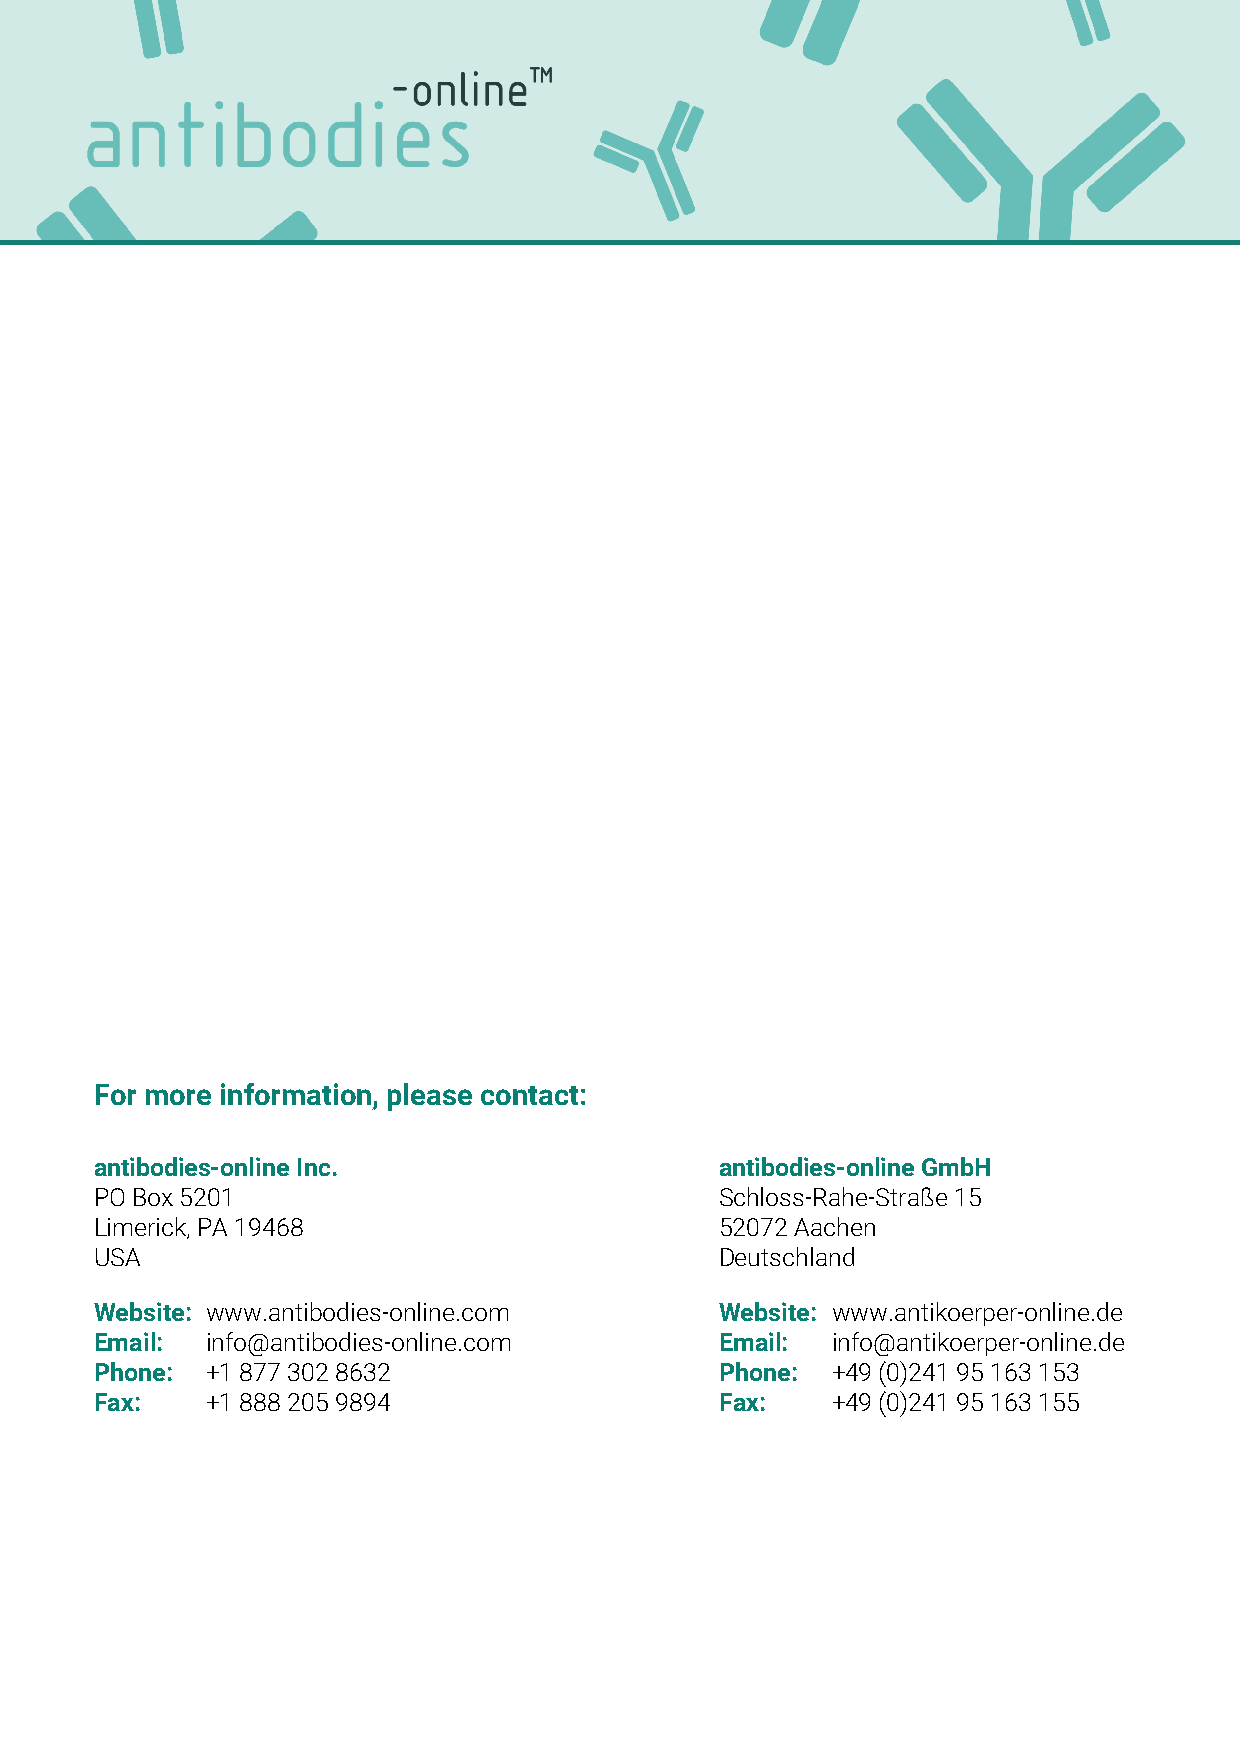
For more information, please contact:
 antibodies-online Inc.                    antibodies-online GmbH
 PO Box 5201                               Schloss-Rahe-Straße 15
 Limerick, PA 19468                        52072 Aachen
 USA                                       Deutschland
 Website: www.antibodies-online.com        Website: www.antikoerper-online.de
 Email:  info@antibodies-online.com        Email: info@antikoerper-online.de
 Phone:  +1 877 302 8632                   Phone: +49 (0)241 95 163 153
 Fax:    +1 888 205 9894                   Fax:   +49 (0)241 95 163 155